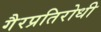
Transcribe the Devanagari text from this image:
गैरप्रतिरोधी